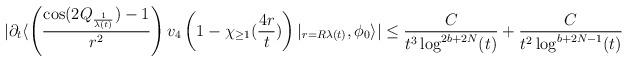
LaTeX: \begin{align*} |\partial_{t}\langle \left(\frac{\cos(2Q_{\frac{1}{\lambda(t)}})-1}{r^{2}}\right) v_{4}\left(1-\chi_{\geq 1}(\frac{4r}{t})\right)\vert_{r = R\lambda(t)},\phi_{0}\rangle|&\leq \frac{C}{t^{3} \log^{2b+2N}(t)} + \frac{C}{t^{2} \log^{b +2N -1}(t)}\end{align*}